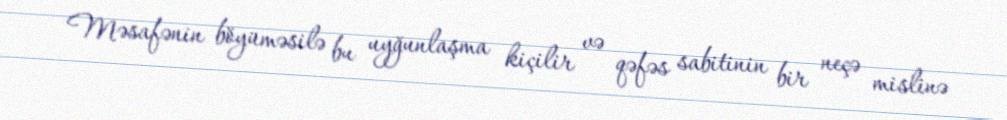
Məsafənin böyüməsilə bu uyğunlaşma kiçilir və qəfəs sabitinin bir neçə mislinə